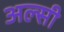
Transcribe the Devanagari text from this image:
अल्सी